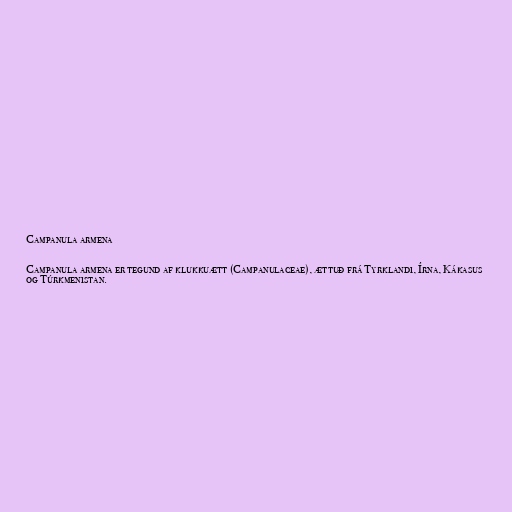
Campanula armena

Campanula armena er tegund af klukkuætt (Campanulaceae), ættuð frá Tyrklandi, Írna, Kákasus
og Túrkmenistan.